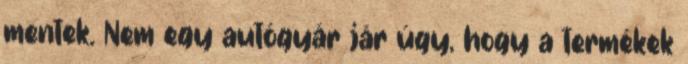
mentek. Nem egy autógyár jár úgy, hogy a termékek